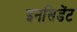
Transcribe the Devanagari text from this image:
इनसिडेंट